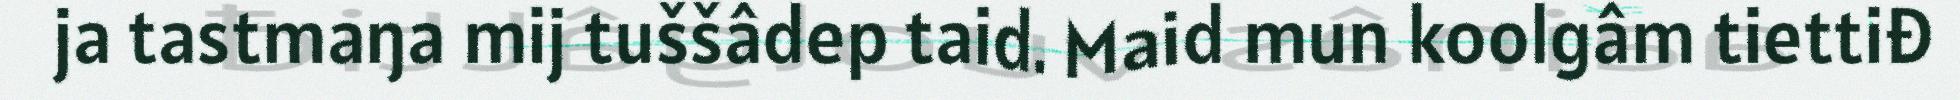
ja tastmaŋa mij tuššâdep taid. Maid mun koolgâm tiettiđ